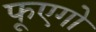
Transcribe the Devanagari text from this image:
फूएगो